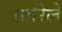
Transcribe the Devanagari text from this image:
तारिले